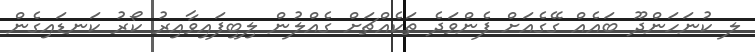
ލ ކުނަހަންދޫ ބައެއް ގޭގެއަށް ފެންވަދެ ތަކެއްޗަށް ގެއްލުން ލިބިފައިވާއިރު ކޯރު ކަނޑައިގެން